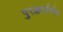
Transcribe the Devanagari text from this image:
पुरश्चर्यार्णव